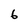
Character: 6